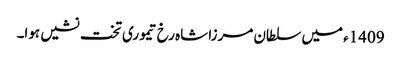
1409ء میں سلطان مرزا شاہ رخ تیموری تخت نشیں ہوا۔